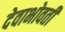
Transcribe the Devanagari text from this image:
देवाभोवती